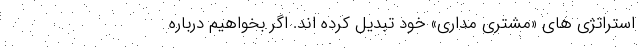
استراتژی های «مشتری مداری» خود تبدیل کرده اند. اگر بخواهیم درباره